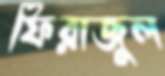
ফিরাজুল